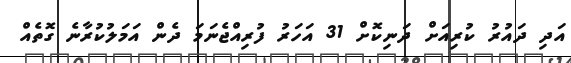
އަދި ދައުރު ކުރިއަށް ދަނިކޮށް 31 އަހަރު ފުރިއްޖެނަމަ ދެން އަމަލުކުރާނެ ގޮތެއް